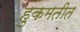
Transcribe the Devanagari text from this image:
हुकमतीत